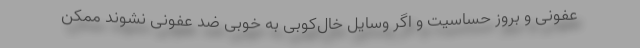
عفونی و بروز حساسیت و اگر وسایل خال‌کوبی به خوبی ضد عفونی نشوند ممکن